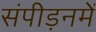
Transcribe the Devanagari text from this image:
संपीड़नमें